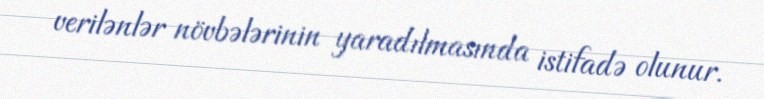
verilənlər növbələrinin yaradılmasında istifadə olunur.